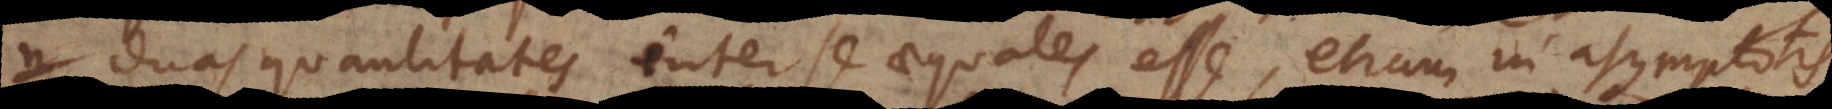
duas quantitates inter se aequales esse, etiam in asymptotis,